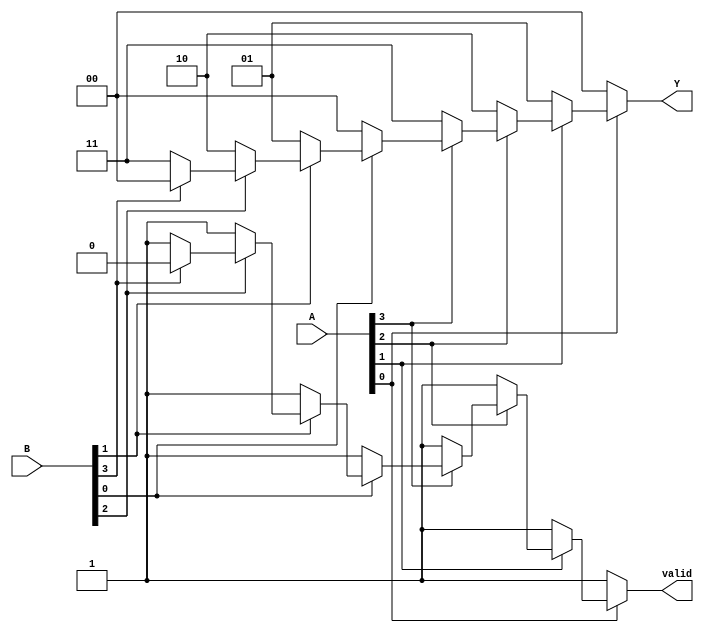
module dual_priority_encoder (
    input  wire [3:0] A,  // Active low inputs for set A
    input  wire [3:0] B,  // Active low inputs for set B
    output reg  [1:0] Y,  // Binary output for the highest priority active input
    output reg        valid // Active indicator
);

    always @(*) begin
        // Initialize outputs
        Y = 2'b00; // Default output
        valid = 1'b0; // Default valid output

        // Check inputs from set A first (higher priority)
        if (~A[0]) begin
            Y = 2'b00; // A0 is active
            valid = 1'b1;
        end else if (~A[1]) begin
            Y = 2'b01; // A1 is active
            valid = 1'b1;
        end else if (~A[2]) begin
            Y = 2'b10; // A2 is active
            valid = 1'b1;
        end else if (~A[3]) begin
            Y = 2'b11; // A3 is active
            valid = 1'b1;
        end
        // If no inputs from set A are active, check set B
        else if (~B[0]) begin
            Y = 2'b00; // B0 is active
            valid = 1'b1;
        end else if (~B[1]) begin
            Y = 2'b01; // B1 is active
            valid = 1'b1;
        end else if (~B[2]) begin
            Y = 2'b10; // B2 is active
            valid = 1'b1;
        end else if (~B[3]) begin
            Y = 2'b11; // B3 is active
            valid = 1'b1;
        end
    end

endmodule